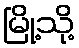
မြို့သို့